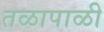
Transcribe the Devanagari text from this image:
तळापाळी